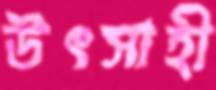
উৎসাহী